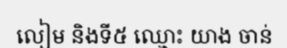
លៀម និងទី៥ ឈ្មោះ យាង ចាន់